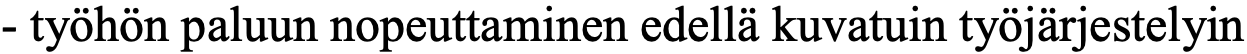
- työhön paluun nopeuttaminen edellä kuvatuin työjärjestelyin